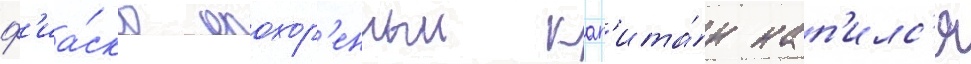
ф'иа́ско опозор'енныи кап'ита́н нап'илс'я